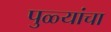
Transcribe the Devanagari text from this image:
पुळ्यांचा